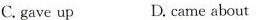
C.gave up D.came about